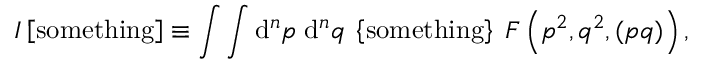
I \left[ \mathrm { s o m e t h i n g } \right] \equiv \int \int \mathrm { d } ^ { n } p \; \mathrm { d } ^ { n } q \; \left\{ \mathrm { s o m e t h i n g } \right\} \; F \left( p ^ { 2 } , q ^ { 2 } , ( p q ) \right) ,